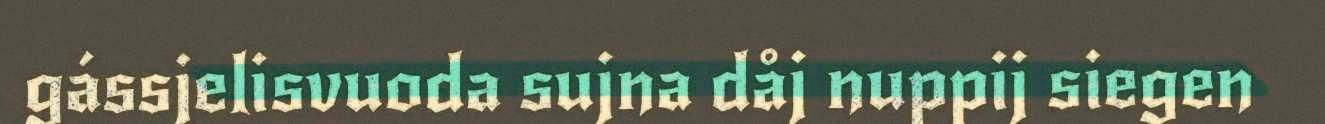
gássjelisvuoda sujna dåj nuppij siegen